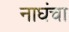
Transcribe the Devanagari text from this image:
नाघंचा